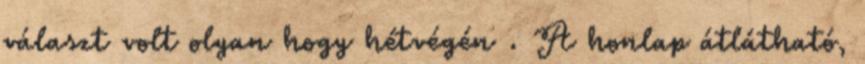
választ volt olyan hogy hétvégén . A honlap átlátható,